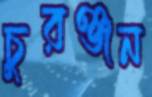
চুরঞ্জন